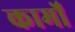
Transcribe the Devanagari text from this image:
कार्मों